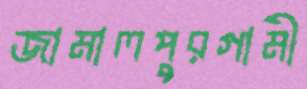
জামালপুরগামী